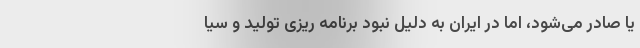
یا صادر می‌شود، اما در ایران به دلیل نبود برنامه ریزی تولید و سیا